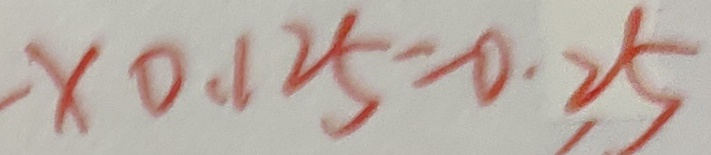
- \times 0 . 1 2 5 = 0 . 2 5